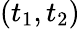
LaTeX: (t_{1},t_{2})